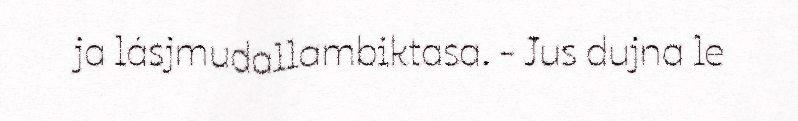
ja lásjmudallambiktasa. - Jus dujna le